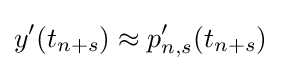
y'(t_{n+s})\approx p_{n,s}'(t_{n+s})